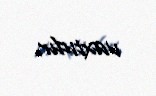
vaxtıdır.